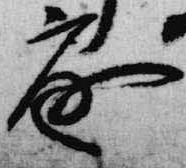
庭